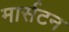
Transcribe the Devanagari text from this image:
मार्सटन